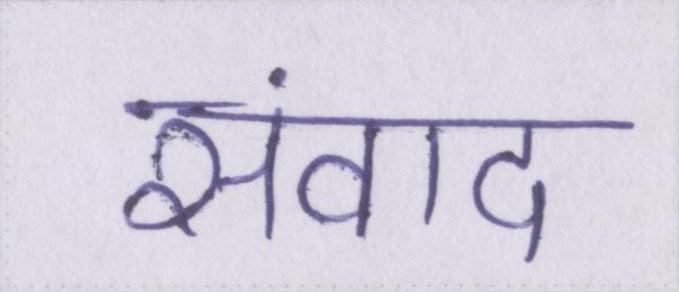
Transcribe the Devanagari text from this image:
संवाद